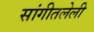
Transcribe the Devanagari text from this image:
सांगीतलेली